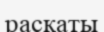
раскаты